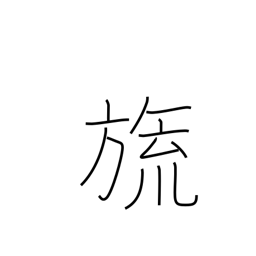
Meaning: counter for flags